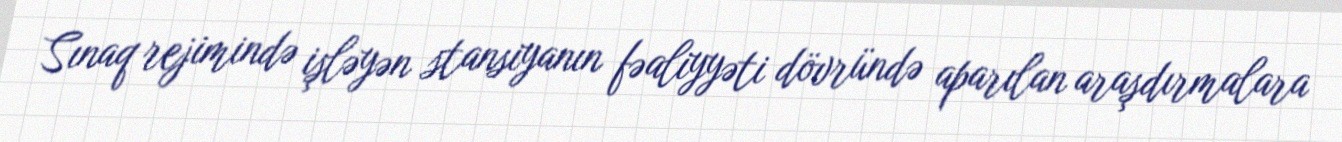
Sınaq rejimində işləyən stansiyanın fəaliyyəti dövründə aparılan araşdırmalara